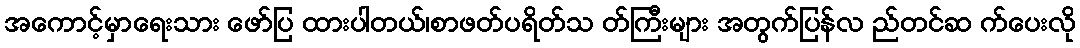
အကောင့်မှာရေးသား ဖော်ပြ ထားပါတယ်၊စာဖတ်ပရိတ်သ တ်ကြီးများ အတွက်ပြန်လ ည်တင်ဆ က်ပေးလို